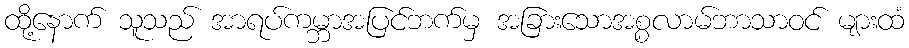
ထို့နောက် သူသည် အာရပ်ကမ္ဘာအပြင်ဘက်မှ အခြားသောအစ္စလာမ်ဘာသာဝင် များထံ